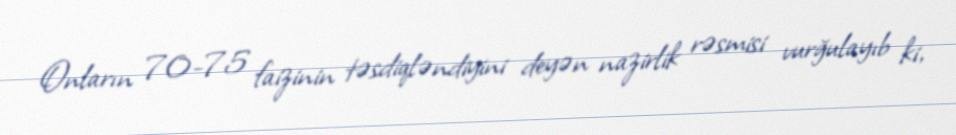
Onların 70-75 faizinin təsdiqləndiyini deyən nazirlik rəsmisi vurğulayıb ki,